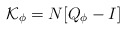
\begin{align*}\mathcal{K}_{\phi}=N[Q_{\phi}-I]\end{align*}